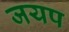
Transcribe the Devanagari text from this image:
जयप